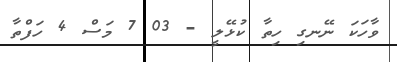
ވާހަކަ ނޭނގި ހިތާ ކުޅޭލީ - 03 7 މަސް 4 ހަފްތާ